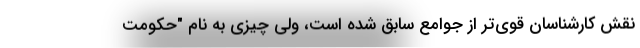
نقش کارشناسان قوی‌تر از جوامع سابق شده است، ولی چیزی به نام "حکومت